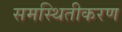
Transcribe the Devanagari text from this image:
समस्थितीकरण